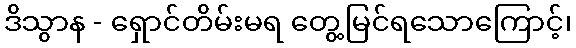
ဒိသွာန - ရှောင်တိမ်းမရ တွေ့မြင်ရသောကြောင့်၊